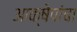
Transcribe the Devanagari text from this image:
आक्षेपांचा